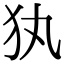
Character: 犱